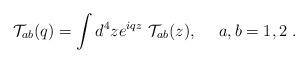
LaTeX: \begin{align*}{\cal T}_{ab}(q) = \int d^4z e^{iqz}~{\cal T}_{ab}(z),~~~~a,b=1,2~.\end{align*}